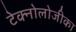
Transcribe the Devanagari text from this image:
टेक्नोलोजीका